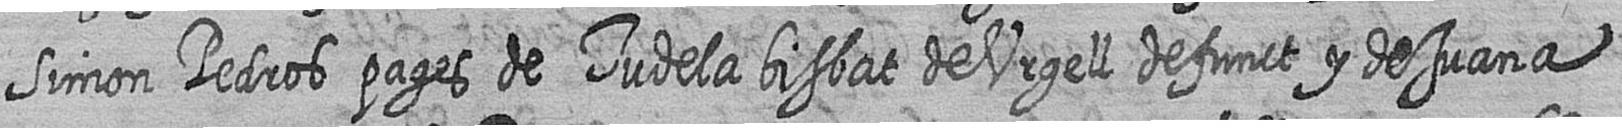
Simon Pedros pages de Tudela bisbat de Urgell defunct y de Juana